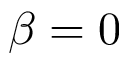
\beta = 0